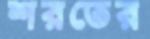
শরতের